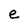
Character: e